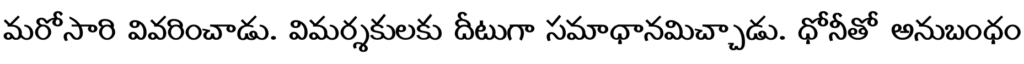
మరోసారి వివరించాడు. విమర్శకులకు దీటుగా సమాధానమిచ్చాడు. ధోనీతో అనుబంధం